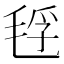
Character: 𰚜